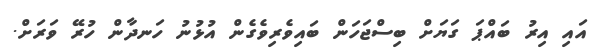
އައި އިރު ބައްޕަ ގަޔަށް ބިސްޖަހަން ބައިވެރިވެގެން އުޅުނު ހަނދާން ހުރޭ ވަރަށް.